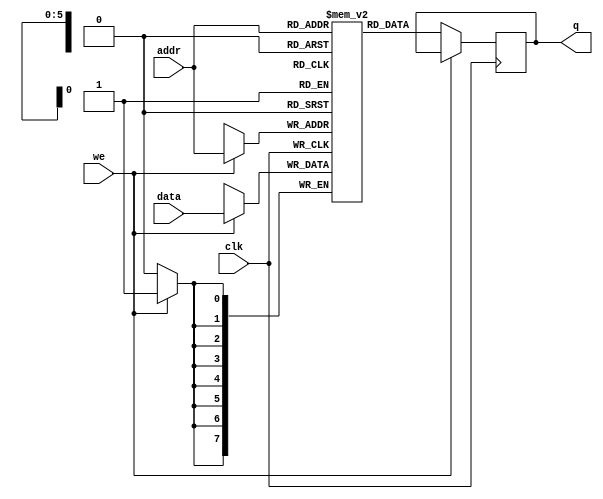
module single_port_ram(
  input [7:0] data, 
  input [5:0] addr, 
  input we, 
  input clk, 
  output [7:0] q 
);
  
  reg [7:0] ram [63:0]; 
 
  always @ (posedge clk)
    begin
      if(we)
        ram[addr] <= data;
      else
       q <= ram[addr]; 
    end
endmodule